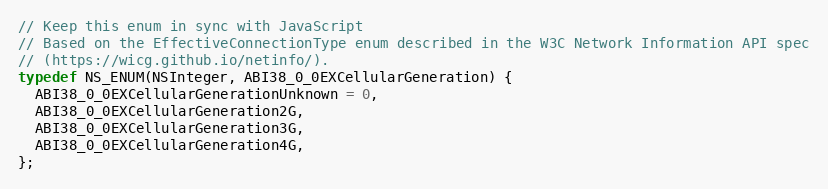
Language: C
// Keep this enum in sync with JavaScript
// Based on the EffectiveConnectionType enum described in the W3C Network Information API spec
// (https://wicg.github.io/netinfo/).
typedef NS_ENUM(NSInteger, ABI38_0_0EXCellularGeneration) {
  ABI38_0_0EXCellularGenerationUnknown = 0,
  ABI38_0_0EXCellularGeneration2G,
  ABI38_0_0EXCellularGeneration3G,
  ABI38_0_0EXCellularGeneration4G,
};